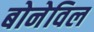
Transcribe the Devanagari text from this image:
बोनेविल